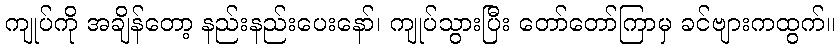
ကျုပ်ကို အချိန်တော့ နည်းနည်းပေးနော်၊ ကျုပ်သွားပြီး တော်တော်ကြာမှ ခင်ဗျားကထွက်။